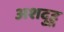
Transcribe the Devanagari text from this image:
अशदुहु